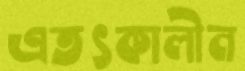
এতৎকালীন